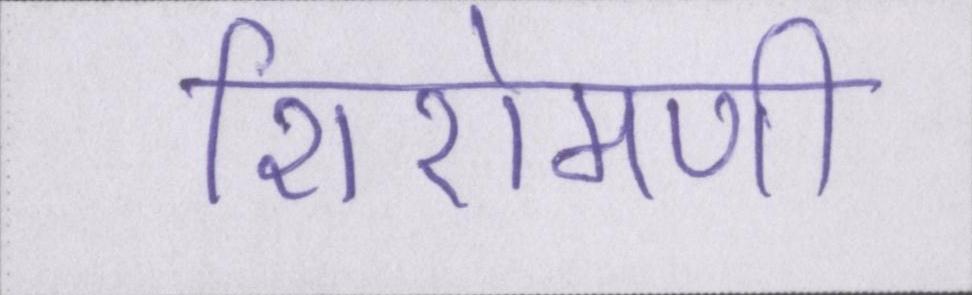
शिरोमणी